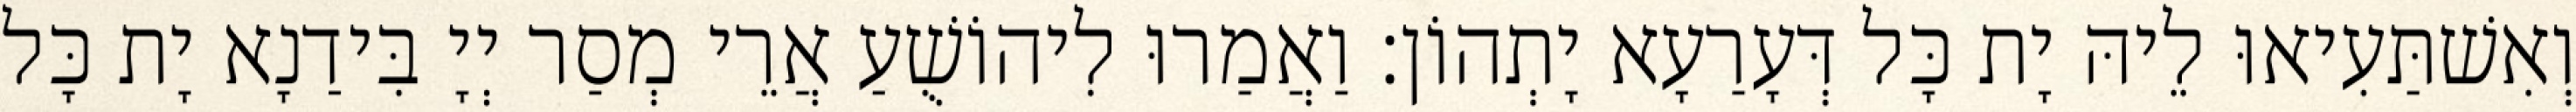
וְאִשׁתַּעִיאוּ לֵיהּ יָת כָּל דְּעָרַעָא יָתְהוֹן׃ וַאֲמַרוּ לִיהוֹשֻׁעַ אֲרֵי מְסַר יְיָ בִּידַנָא יָת כָּל